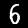
Digit: 6